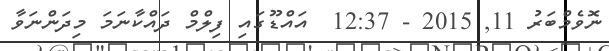
ނޮވެމްބަރު 11